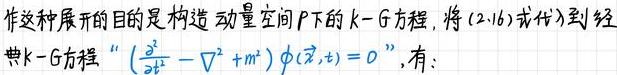
作这种展开的目的是构造动量空间$P$下的$k - G$方程，将$(2.16)$式代入到经典$k - G$方程“$(\frac{\partial^{2}}{\partial t^{2}}-\nabla^{2}+m^{2})\phi(\vec{x},t)=0$”，有：